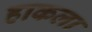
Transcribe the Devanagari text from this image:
हाकला